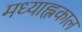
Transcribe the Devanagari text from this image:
मध्याह्लकाल